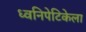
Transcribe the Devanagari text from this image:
ध्वनिपेटिकेला